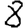
Digit: 8